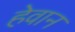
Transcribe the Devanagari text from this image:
हेवान